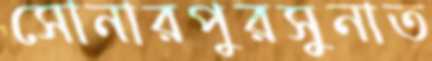
সোনারপুরসুনাত